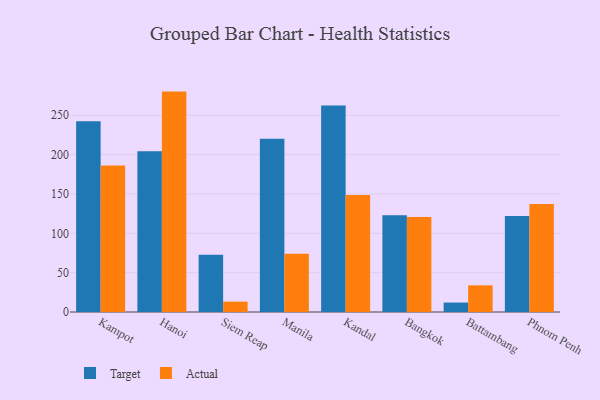
{"axis": {"x": "City", "y": "Backlog"}, "legend": ["Actual", "Target"], "data": [{"x": "Kampot", "y": 242.3, "type": "Target"}, {"x": "Kampot", "y": 186.2, "type": "Actual"}, {"x": "Hanoi", "y": 204.2, "type": "Target"}, {"x": "Hanoi", "y": 280.1, "type": "Actual"}, {"x": "Siem Reap", "y": 72.7, "type": "Target"}, {"x": "Siem Reap", "y": 13.2, "type": "Actual"}, {"x": "Manila", "y": 220.3, "type": "Target"}, {"x": "Manila", "y": 73.9, "type": "Actual"}, {"x": "Kandal", "y": 262.4, "type": "Target"}, {"x": "Kandal", "y": 148.6, "type": "Actual"}, {"x": "Bangkok", "y": 123.1, "type": "Target"}, {"x": "Bangkok", "y": 120.6, "type": "Actual"}, {"x": "Battambang", "y": 12.0, "type": "Target"}, {"x": "Battambang", "y": 33.9, "type": "Actual"}, {"x": "Phnom Penh", "y": 122.1, "type": "Target"}, {"x": "Phnom Penh", "y": 137.3, "type": "Actual"}]}